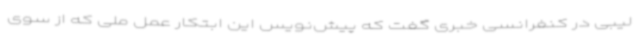
لیبی در کنفرانسی خبری گفت که پیش‌نویس این ابتکار عمل ملی که از سوی